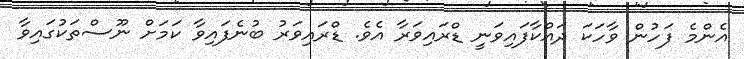
އެންމެ ފަހުން ވާހަކަ ދައްކާފައިވަނީ ޑްރައިވަރާ އެވެ. ޑްރައިވަރު ބުނެފައިވާ ކަމަށް ނޫސްތަކުގައިވާ